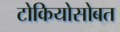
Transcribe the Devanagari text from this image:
टोकियोसोबत